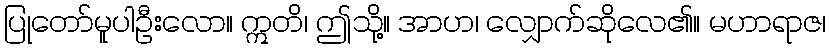
ပြုတော်မူပါဦးလော။ ဣတိ၊ ဤသို့။ အာဟ၊ လျှောက်ဆိုလေ၏။ မဟာရာဇ၊